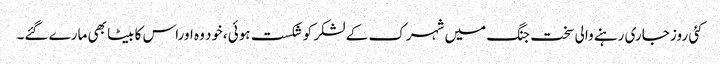
کئی روز جاری رہنے والی سخت جنگ میں شہرک کے لشکر کو شکست ہوئی،خود وہ اوراس کا بیٹا بھی مارے گئے۔